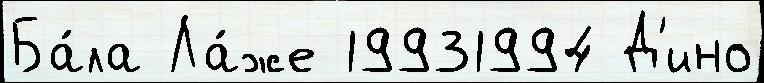
Ба́ла Ла́же 19931994 Д'ино